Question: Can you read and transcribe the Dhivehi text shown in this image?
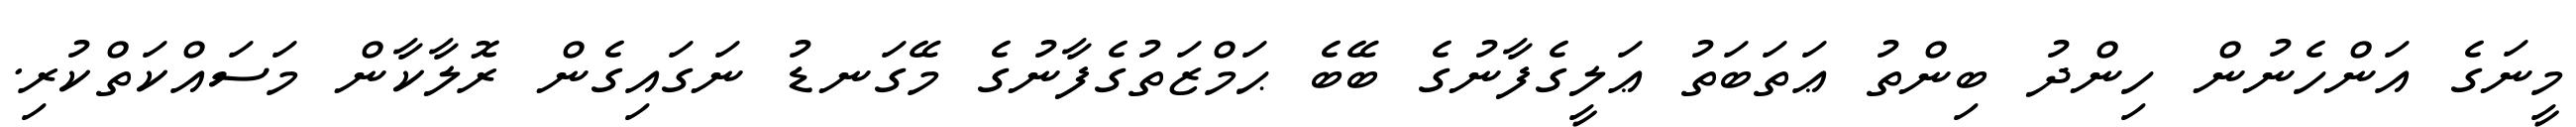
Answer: މީނަގެ އަންހެނުން ހިންދު ބިންތު ޢަތަބަތު ޢަލީގެފާނުގެ ބޭބެ ޙަމްޒަތުގެފާނުގެ މޭގަނޑު ނަގައިގެން ރޮލާކާން މަސައްކަތްކުރި.